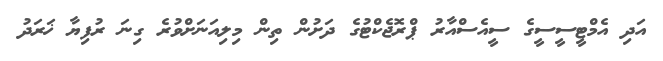
އަދި އެމްޓީސީސީގެ ސީއެސްއާރު ޕްރޮޖެކްޓުގެ ދަށުން ތިން މިލިއަނަށްވުރެ ގިނަ ރުފިޔާ ޚަރަދު